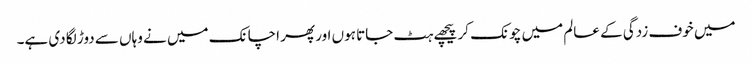
میں خوف زدگی کے عالم میں چونک کر پیچھے ہٹ جاتا ہوں اور پھر اچانک میں نے وہاں سے دوڑ لگا دی ہے۔